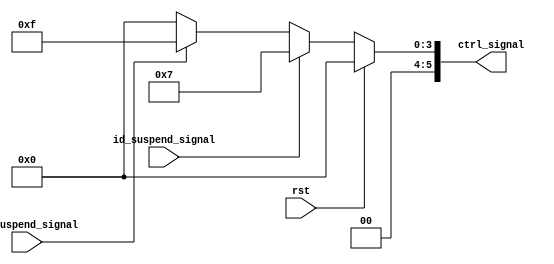
module ctrl(
    input wire      rst,                // 
    input wire      id_suspend_signal,  // 10
    input wire      ex_suspend_signal,  // 
    
    // 6 PC 01
    output reg[5:0] ctrl_signal
);

    always @(*) begin
        if(rst == 1'b1) begin
            ctrl_signal <= 6'b000000;
        //  > 1
        end else if(id_suspend_signal == 1'b1) begin
            ctrl_signal <= 6'b000111;
        //  > 1
        end else if(ex_suspend_signal == 1'b1) begin
            ctrl_signal <= 6'b001111;
        
        // 
        end else begin
            ctrl_signal <= 6'b000000;
        end
    end

endmodule